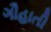
ગૌહાતી